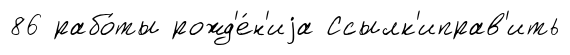
86 рабо́ты рожд'е́н'иjа Ссылк'иправ'ить